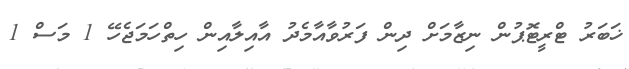
ޚަބަރު ޓްރީޓޮޕުން ނިޒާމަށް ދިން ފަރުވާއާމެދު އާއިލާއިން ހިތްހަމަޖެހޭ 1 މަސް 1